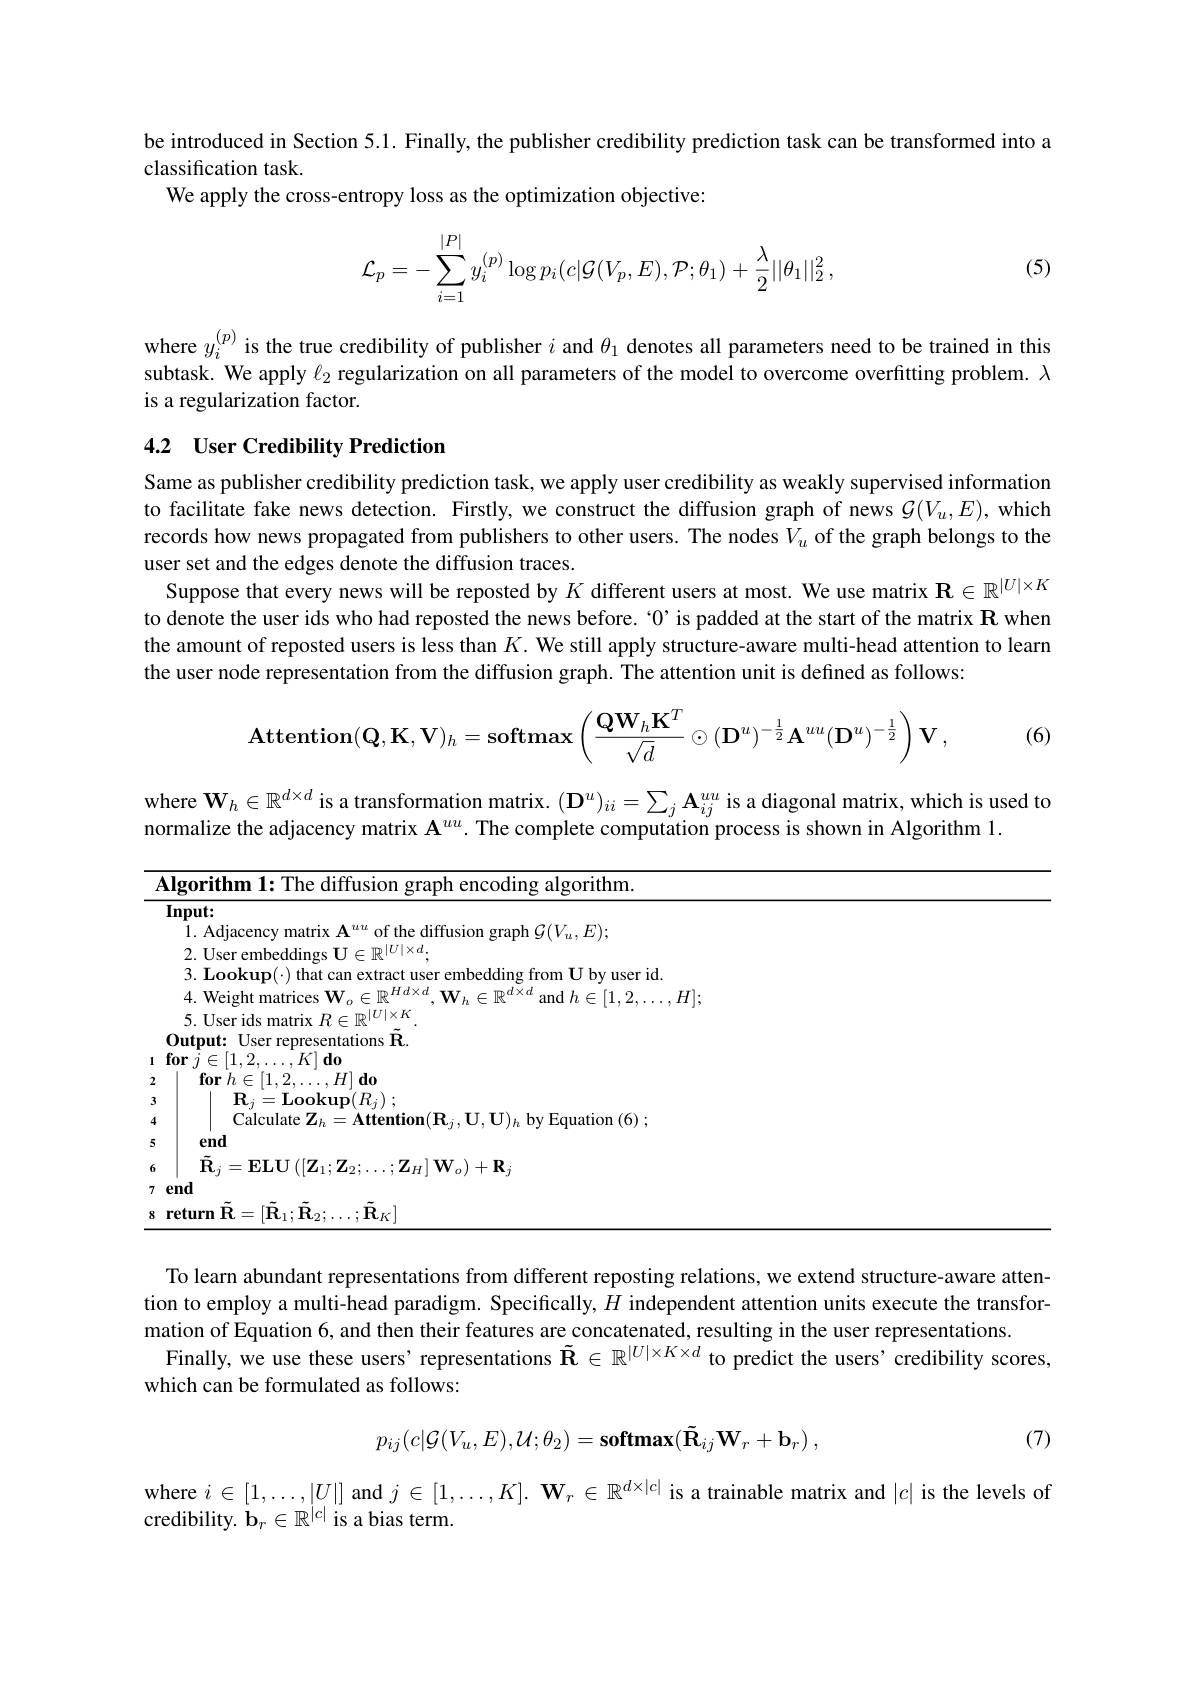
be introduced in Section 5.1. Finally, the publisher credibility prediction task can be transformed into a
classification task.
We apply the cross-entropy loss as the optimization objective:
$$\mathcal{L}_p=-\sum\limits_{i=1}^{|P|}y_i^{(p)}\log p_i(c|\mathcal{G}(V_p,E),\mathcal{P};\theta_1)+\frac{\lambda}{2}||\theta_1||_2^2\:,$$
(5)

where $y_i^{(p)}$ is the true credibility of publisher $i$ and $\theta_1$ denotes all parameters need to be trained in this subtask. We apply $\ell_{2}$ regularization on all parameters of the model to overcome overfitting problem. $\lambda$ is a regularization factor.

## 4.2 User Credibility Prediction

Same as publisher credibility prediction task, we apply user credibility as weakly supervised information to facilitate fake news detection. Firstly, we construct the diffusion graph of news $\mathcal{G}(V_u,E)$, which records how news propagated from publishers to other users. The nodes $V_u$ of the graph belongs to the user set and the edges denote the diffusion traces.
Suppose that every news will be reposted by $K$ different users at most. We use matrix $\mathbf{R}\in\mathbb{R}^{|U|\times K}$ to denote the user ids who had reposted the news before. `0’ is padded at the start of the matrix $\mathbf{R}$ when the amount of reposted users is less than $K.$ We still apply structure-aware multi-head attention to learm the user node representation from the diffusion graph. The attention unit is defined as follows:

(6)
$$\mathbf{Attention}(\mathbf{Q},\mathbf{K},\mathbf{V})_h=\mathbf{softmax}\left(\frac{\mathbf{QW}_h\mathbf{K}^T}{\sqrt{d}}\odot(\mathbf{D}^u)^{-\frac12}\mathbf{A}^{uu}(\mathbf{D}^u)^{-\frac12}\right)\mathbf{V}\:,$$
where $\mathbf{W}_h\in\mathbb{R}^{d\times d}$ is a transformation matrix. $(\mathbf{D}^u)_{ii}=\sum_j\mathbf{A}_{ij}^{uu}$ is a diagonal matrix, which is used to
<table>
	<tbody>
		<tr>
			<th>mrifhm $\overline{{\mathrm{encoding~algorithm}}}$</th>
		</tr>
		<tr>
			<td>$\mathbf{Input:}$</td>
		</tr>
		<tr>
			<td>diffusion granh $\mathcal{C} ( V_{a}. E)$</td>
		</tr>
		<tr>
			<td>2 User embeddings $\Pi\in\mathbb{R}^|U|\times d.$</td>
		</tr>
		<tr>
			<td>3 Tookun(-) that can extract user e embedding from $\mathbf{U}$ bv user id</td>
		</tr>
		<tr>
			<td>WeightmatricesW $2H].$</td>
		</tr>
		<tr>
			<td>11ser ids matriv $\bullet$ $m|U|\times K$</td>
		</tr>
		<tr>
			<td>$\lim_{\mathrm{mit}}$ $\mathbf{t}:$ User representations R</td>
		</tr>
		<tr>
			<td>$\mathbf{or}$ $j\in [ 1, 2, \ldots , K]$ $\mathbf{do}$</td>
		</tr>
		<tr>
			<td>$\textbf{for}$ $h\in [ 1, 2, \ldots , H] \textbf{do}$</td>
		</tr>
		<tr>
			<td>$\mathbf{R} _{j}= \mathbf{Lookup}( R_{j})$ ;</td>
		</tr>
		<tr>
			<td>Calculate $\mathbf{Z} _{h}= \mathbf{Attention}( \mathbf{R} _{j}, \mathbf{U} , \mathbf{U} ) _{h}$ by Equation (6) ;</td>
		</tr>
		<tr>
			<td>end</td>
		</tr>
		<tr>
			<td>$\mathbf{R}_{j}=\mathbf{ELU}\left(\left[\mathbf{Z}_{1};\mathbf{Z}_{2};\ldots;\mathbf{Z}_{H}\right]\mathbf{W}_{o}\right)+\mathbf{R}_{j}$</td>
		</tr>
		<tr>
			<td>$2nd$</td>
		</tr>
		<tr>
			<td>eturnR $=[\tilde{\mathbf{R}}_{1};\tilde{\mathbf{R}}_{2};\ldots;\tilde{\mathbf{R}}_{K}$</td>
		</tr>
	</tbody>
</table>

To learn abundant representations from different reposting relations, we extend structure-aware attention to employ a multi-head paradigm. Specifically, $H$ independent attention units execute the transformation of Equation 6, and then their features are concatenated, resulting in the user representations
Finally, we use these users' representations $\tilde{\mathbf{R}}\in\mathbb{R}^{|U|\times K\times d}$ to predict the users’credibility scores,
which can be formulated as follows:
$$p_{ij}(c|\mathcal{G}(V_{u},E),\mathcal{U};\theta_{2})=\mathbf{softmax}(\tilde{\mathbf{R}}_{ij}\mathbf{W}_{r}+\mathbf{b}_{r})\:,$$
(7)

where $i\in[1,\ldots,|U|]$ and $j\in[1,\ldots,K].\textbf{ W}_r\in\mathbb{R}^{d\times|c|}$ is a trainable matrix and $|c|$ is the levels of
credibility. $\mathbf{b}_r\in\mathbb{R}^{|c|}$ is a bias term.